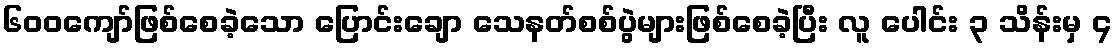
၆၀၀ကျော်ဖြစ်စေခဲ့သော ပြောင်းချော သေနတ်စစ်ပွဲများဖြစ်စေခဲ့ပြီး လူ ပေါင်း ၃ သိန်းမှ ၄